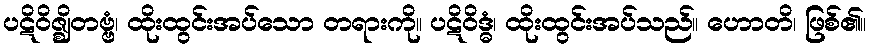
ပဋိဝိဇ္ဈိတဗ္ဗံ၊ ထိုးထွင်းအပ်သော တရားကို။ ပဋိဝိဒ္ဓံ၊ ထိုးထွင်းအပ်သည်။ ဟောတိ၊ ဖြစ်၏။